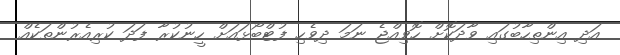
އަދި އިންތިހާބުގައި ވާދަކޮށް ހޮވިއްޖެ ނަމަ ދިވެހި ފުޓްބޯޅައަށް ހީނުކުރާ ފަދަ ކުރިއެރުންތަކެއް